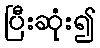
ပြီးဆုံး၍